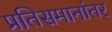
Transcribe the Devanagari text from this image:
प्रतिसमानांतर